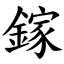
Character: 鎵